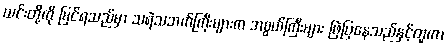
ယင်းတို့ကို မြင်ရသည်မှာ သရဲသဘက်ကြီးများက အစွယ်ကြီးများ ဖြဲပြနေသည်နှင့်တူကာ